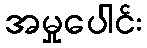
အမှုပေါင်း